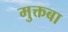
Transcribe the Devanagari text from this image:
मुक्तबा